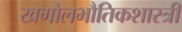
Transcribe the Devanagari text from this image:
खगोलभौतिकशास्त्री